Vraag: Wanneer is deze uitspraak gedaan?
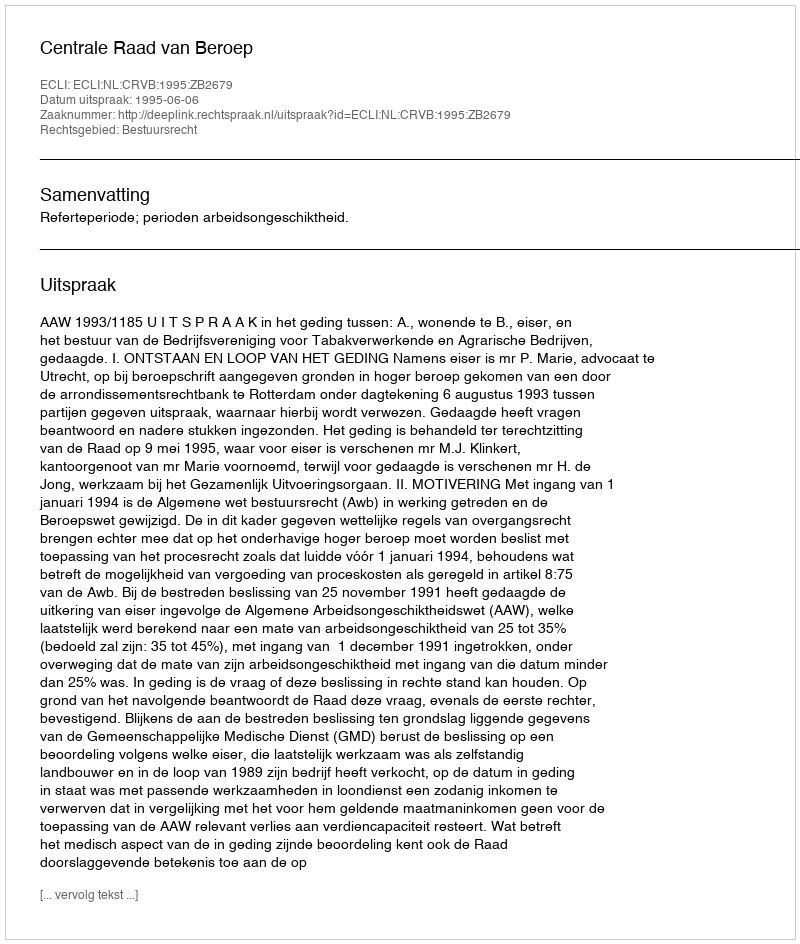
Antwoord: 1995-06-06